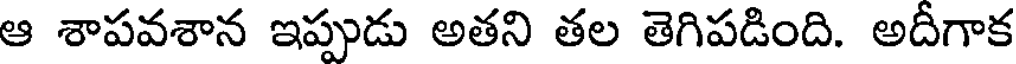
ఆ శాపవశాన ఇప్పుడు అతని తల తెగిపడింది. అదీగాక